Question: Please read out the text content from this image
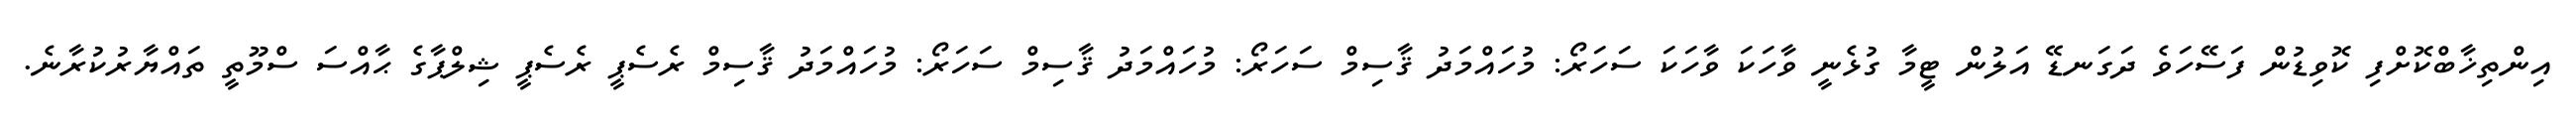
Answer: އިންތިޚާބްކޮށްފި ކޮވިޑުން ފަސޭހަވެ ދަގަނޑޭ އަލުން ޓީމާ ގުޅެނީ ވާހަކަ ވާހަކަ ސަހަރޯ: މުހައްމަދު ޤާސިމް ސަހަރޯ: މުހައްމަދު ޤާސިމް ސަހަރޯ: މުހައްމަދު ޤާސިމް ރެސެޕީ ރެސެޕީ ޝިލްޕާގެ ޙާއްސަ ސްމޫތީ ތައްޔާރުކުރާނެ.